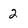
Character: 2